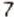
7